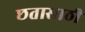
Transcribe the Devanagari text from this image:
छतासाठी